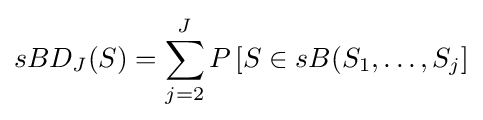
sBD_{J}(S)=\sum _{j=2}^{J}P\left[S\in sB(S_{1},\ldots ,S_{j}\right]